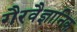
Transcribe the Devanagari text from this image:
गैरवैज्ञानिक